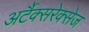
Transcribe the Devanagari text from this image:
अर्टैक्सरेक्सेज